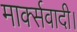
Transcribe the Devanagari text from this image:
मार्क्सवादी।